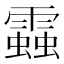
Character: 𧓑